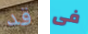
قد فى